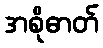
အစိုဓာတ်